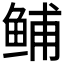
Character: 𫚙